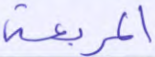
المربعة